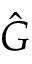
\hat { G }